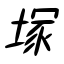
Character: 塚